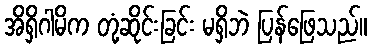
အိရှိဂါမိက တုံ့ဆိုင်းခြင်း မရှိဘဲ ပြန်ဖြေသည်။